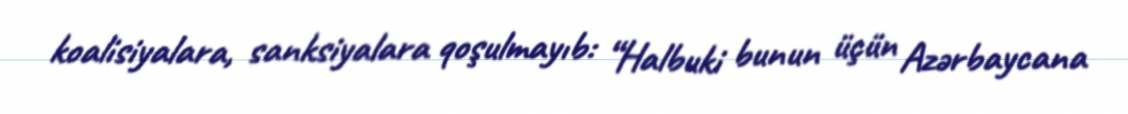
koalisiyalara, sanksiyalara qoşulmayıb: “Halbuki bunun üçün Azərbaycana